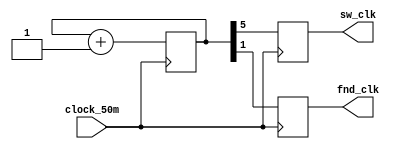
module clock_divider (clock_50m, sw_clk, fnd_clk);
	/* clock divider
	* [31:0]init_counter 2^(-21) divid -> 50Mhz/(2^21)
	* init_counter 20 bit clock_50m 2^20  
	*  sw_clk  50Mhz/(2^21) = 23.84Hz
	*  41.94ms
	* sw_clk = 23.84Hz
	*
	* 2^(-17) divide -> 50Mhz/(2^17) = 381.47Hz
	*  2.6214ms
	* fnd_clk = 381.47Hz
	*/
	input clock_50m;	//  
	output sw_clk;		//sw  clk
	output fnd_clk;		//segment   clk

	reg [31:0] init_counter = 0;	//50MHz counter
	reg sw_clk;					//2^(-21)  
	reg fnd_clk;				//2^(-17) 


	// clock_50m. clock counter.
	always @(posedge clock_50m) begin
		init_counter <= init_counter + 1;	//50MHz clock signal
		/* 50MHz  */
		// sw_clk <= init_counter[20];			// clock for keypad(switch)
		// fnd_clk <= init_counter[16];		// clock for 7-segment
		/*testbench */
		sw_clk <= init_counter[5];		// clock for keypad(switch)
		fnd_clk <= init_counter[1];		// clock for 7-segment
	end
	
endmodule